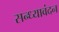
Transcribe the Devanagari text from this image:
सन्ध्यावंदन